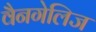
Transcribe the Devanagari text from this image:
वैनगेलिज